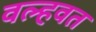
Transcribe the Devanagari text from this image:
वल्हवत